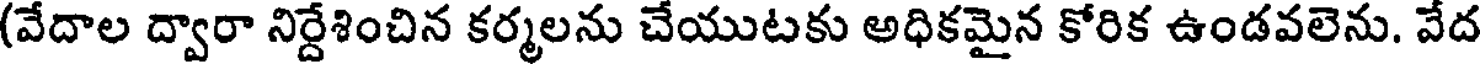
(వేదాల ద్వారా నిర్దేశించిన కర్మలను చేయుటకు అధికమైన కోరిక ఉండవలెను. వేద